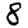
Digit: 8